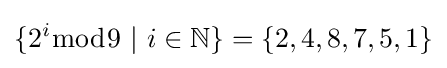
\{2^{i}{\bmod {9}}\ |\ i\in \mathbb {N} \}=\{2,4,8,7,5,1\}